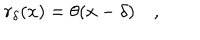
r _ { \delta } ( x ) = \theta ( x - \delta ) \quad ,